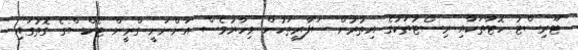
ޓޫރިސްޓު ހޮޓާތަކާއި ރިސޯޓުތަކުގެ އިތުރުން ސަފާރީތަކުން މިހާރުވެސް އަންނަނީ ގްރީން ޓެކްސްގެ ގޮތުގައި